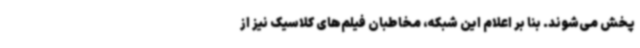
پخش می‌شوند. بنا بر اعلام این شبکه، مخاطبان فیلم‌های کلاسیک نیز از